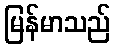
မြန်မာသည်